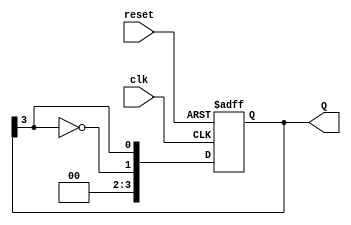
module johnson_counter #(
    parameter N = 4 // Number of flip-flops (can be modified as needed)
) (
    input wire clk,       // Clock signal
    input wire reset,     // Active high reset signal
    output reg [N-1:0] Q // Output state of the counter
);

    always @(posedge clk or posedge reset) begin
        if (reset) begin
            Q <= 0; // Initialize to 0000 for a 4-bit counter
        end else begin
            Q <= {~Q[N-1], Q[N-1:N-1]}; // Shift and invert the last bit to the first
        end
    end

endmodule